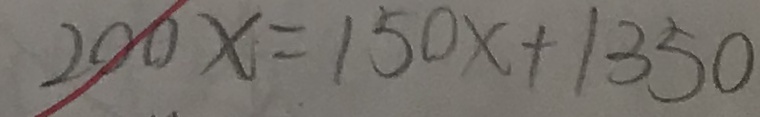
2 0 0 x = 1 5 0 x + 1 3 5 0